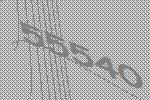
55540